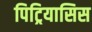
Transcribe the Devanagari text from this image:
पिट्रियासिस